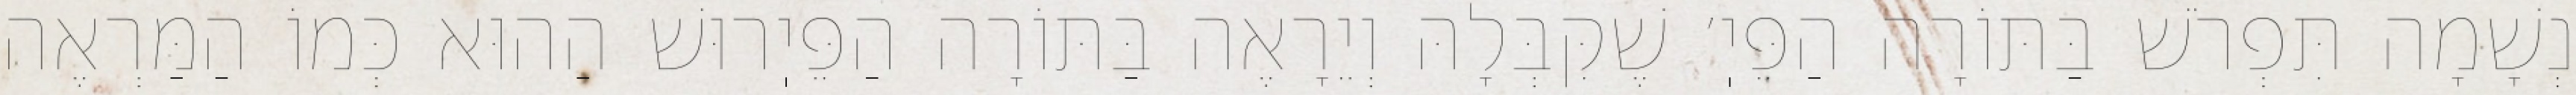
נְשָׁמָה תִּפְרֹשׁ בַּתּוֹרָה הַפֵּיֽ׳ שֶׁקִּבְּלָהּ וְיֵרָאֶה בַּתּוֹרָה הַפֵּיֽרוּשׁ הַהוּא כְּמוֹ הַמַּרְאֶה